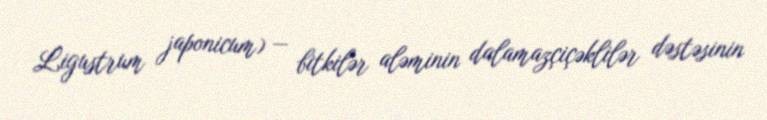
Ligustrum japonicum) — bitkilər aləminin dalamazçiçəklilər dəstəsinin